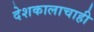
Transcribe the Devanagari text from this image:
देशकालाचाही